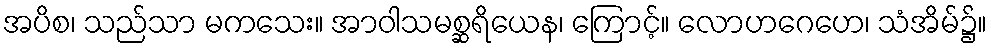
အပိစ၊ သည်သာ မကသေး။ အာဝါသမစ္ဆရိယေန၊ ကြောင့်။ လောဟဂေဟေ၊ သံအိမ်၌။